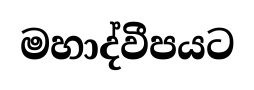
මහාද්වීපයට